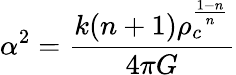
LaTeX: \alpha^{2}=\frac{k(n+1)\rho_{c}^{\frac{1-n}{n}}}{4\pi G}